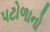
પટોળાનો